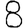
Digit: 8